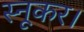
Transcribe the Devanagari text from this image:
स्नूकर।